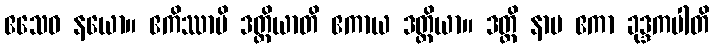
ဧသေဝ နယော။ ဧကိဿာပိ ဒတ္တိယာတိ ဧကာယ ဒတ္တိယာ။ ဒတ္တိ နာမ ဧကာ ခုဒ္ဒကပါတိ